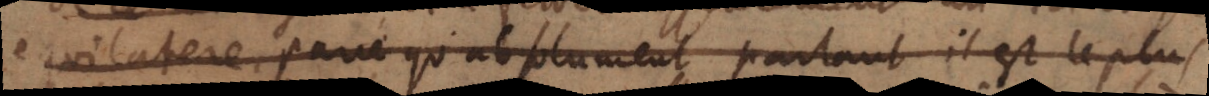
equilateral, parce qu’absolument parlant il est le plus